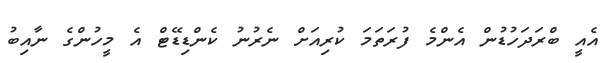
އެއީ ބްރަދަހުޑުން އެންމެ ފުރަތަމަ ކުރިއަށް ނެރުނު ކެންޑިޑޭޓް އެ މީހުންގެ ނާއިބު